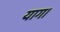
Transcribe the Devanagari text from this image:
याग।